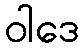
ဝါဒေ